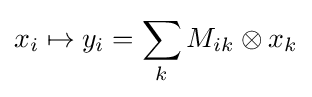
x_{i}\mapsto y_{i}=\sum _{k}M_{ik}\otimes x_{k}